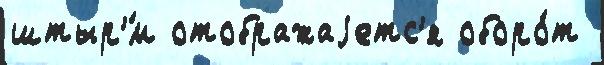
штыр'́м отображаjетс'я оборо́т